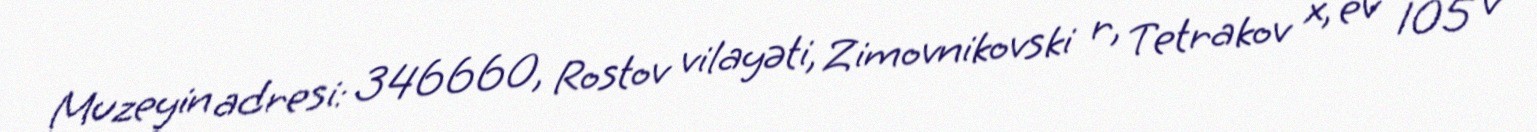
Muzeyin adresi: 346660, Rostov vilayəti, Zimovnikovski r, Tetrakov x, ev 105 v